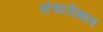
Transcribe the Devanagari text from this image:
संचारीभाव